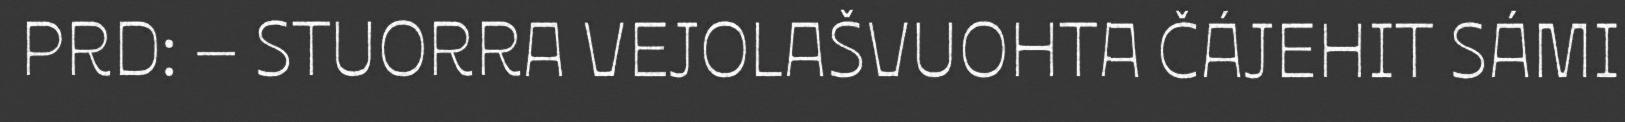
PRD: – STUORRA VEJOLAŠVUOHTA ČÁJEHIT SÁMI